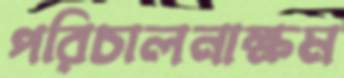
পরিচালনাক্ষম